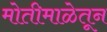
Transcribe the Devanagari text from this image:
मोतीमाळेतून